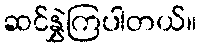
ဆင်နွှဲကြပါတယ်။